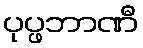
ပုပ္ဖဘာဏီ